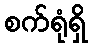
စက်ရုံရှိ